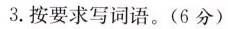
3.按要求写词语。(6分)